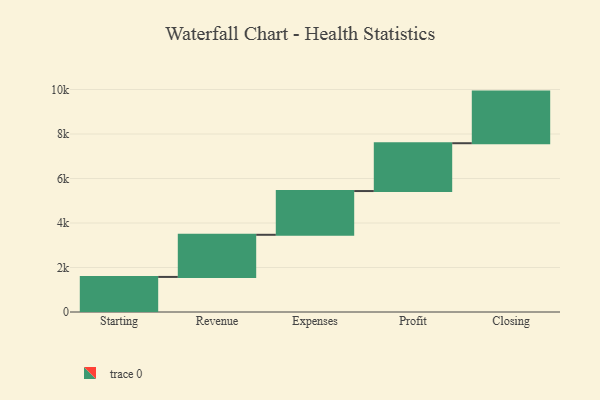
{"axis": {"x": "Step", "y": "Value"}, "legend": [""], "data": [{"x": "Starting", "y": 1576.0, "type": ""}, {"x": "Revenue", "y": 1894.0, "type": ""}, {"x": "Expenses", "y": 1966.0, "type": ""}, {"x": "Profit", "y": 2149.0, "type": ""}, {"x": "Closing", "y": 2320.0, "type": ""}]}